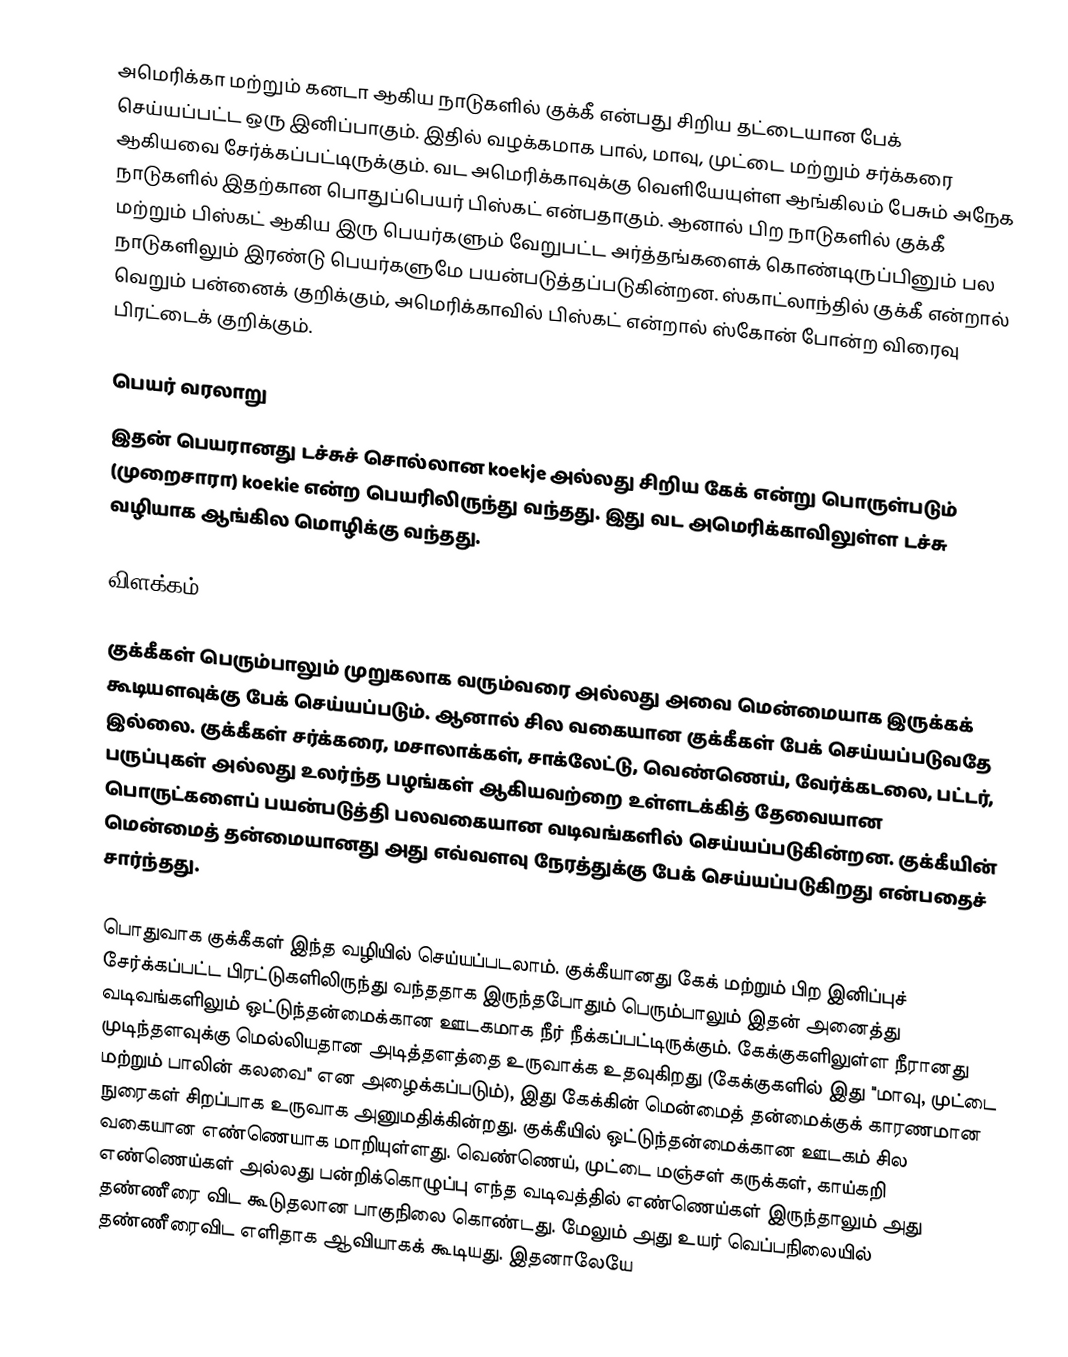
அமெரிக்கா மற்றும் கனடா ஆகிய நாடுகளில் குக்கீ என்பது சிறிய தட்டையான பேக் செய்யப்பட்ட ஒரு இனிப்பாகும். இதில் வழக்கமாக பால், மாவு, முட்டை மற்றும் சர்க்கரை ஆகியவை சேர்க்கப்பட்டிருக்கும். வட அமெரிக்காவுக்கு வெளியேயுள்ள ஆங்கிலம் பேசும் அநேக நாடுகளில் இதற்கான பொதுப்பெயர் பிஸ்கட் என்பதாகும். ஆனால் பிற நாடுகளில் குக்கீ மற்றும் பிஸ்கட் ஆகிய இரு பெயர்களும் வேறுபட்ட அர்த்தங்களைக் கொண்டிருப்பினும் பல நாடுகளிலும் இரண்டு பெயர்களுமே பயன்படுத்தப்படுகின்றன. ஸ்காட்லாந்தில் குக்கீ என்றால் வெறும் பன்னைக் குறிக்கும், அமெரிக்காவில் பிஸ்கட் என்றால் ஸ்கோன் போன்ற விரைவு பிரட்டைக் குறிக்கும்.

பெயர் வரலாறு
இதன் பெயரானது டச்சுச் சொல்லான koekje அல்லது சிறிய கேக் என்று பொருள்படும் (முறைசாரா) koekie என்ற பெயரிலிருந்து வந்தது. இது வட அமெரிக்காவிலுள்ள டச்சு வழியாக ஆங்கில மொழிக்கு வந்தது.

விளக்கம்

குக்கீகள் பெரும்பாலும் முறுகலாக வரும்வரை அல்லது அவை மென்மையாக இருக்கக் கூடியளவுக்கு பேக் செய்யப்படும். ஆனால் சில வகையான குக்கீகள் பேக் செய்யப்படுவதே இல்லை. குக்கீகள் சர்க்கரை, மசாலாக்கள், சாக்லேட்டு, வெண்ணெய், வேர்க்கடலை,  பட்டர், பருப்புகள் அல்லது உலர்ந்த பழங்கள் ஆகியவற்றை உள்ளடக்கித் தேவையான பொருட்களைப் பயன்படுத்தி பலவகையான வடிவங்களில் செய்யப்படுகின்றன. குக்கீயின் மென்மைத் தன்மையானது அது எவ்வளவு நேரத்துக்கு பேக் செய்யப்படுகிறது என்பதைச் சார்ந்தது.

பொதுவாக குக்கீகள் இந்த வழியில் செய்யப்படலாம். குக்கீயானது கேக் மற்றும் பிற இனிப்புச் சேர்க்கப்பட்ட பிரட்டுகளிலிருந்து வந்ததாக இருந்தபோதும் பெரும்பாலும் இதன் அனைத்து வடிவங்களிலும் ஒட்டுந்தன்மைக்கான ஊடகமாக நீர் நீக்கப்பட்டிருக்கும். கேக்குகளிலுள்ள நீரானது முடிந்தளவுக்கு மெல்லியதான அடித்தளத்தை உருவாக்க உதவுகிறது (கேக்குகளில் இது "மாவு, முட்டை மற்றும் பாலின் கலவை" என அழைக்கப்படும்), இது கேக்கின் மென்மைத் தன்மைக்குக் காரணமான நுரைகள் சிறப்பாக உருவாக அனுமதிக்கின்றது. குக்கீயில் ஒட்டுந்தன்மைக்கான ஊடகம் சில வகையான எண்ணெயாக மாறியுள்ளது. வெண்ணெய், முட்டை மஞ்சள் கருக்கள், காய்கறி எண்ணெய்கள் அல்லது பன்றிக்கொழுப்பு எந்த வடிவத்தில் எண்ணெய்கள் இருந்தாலும் அது தண்ணீரை விட கூடுதலான பாகுநிலை கொண்டது. மேலும் அது உயர் வெப்பநிலையில் தண்ணீரைவிட எளிதாக ஆவியாகக் கூடியது. இதனாலேயே